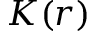
K ( r )